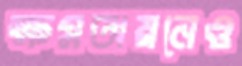
ক্ষমতায়নেও